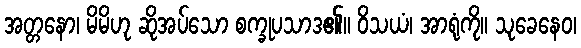
အတ္တနော၊ မိမိဟု ဆိုအပ်သော စက္ခုပသာဒ၏။ ဝိသယံ၊ အာရုံကို။ သုခေနေဝ၊